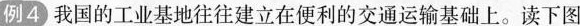
例4 我国的工业基地往往建立在便利的交通运输基础上。读下图